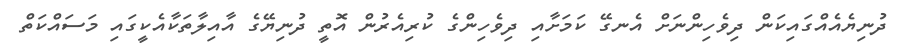
ދުނިޔެއެއްގައިކަން ދިވެހިންނަށް އެނގޭ ކަމަށާއި ދިވެހިންގެ ކުރިއެރުން އޮތީ ދުނިޔޭގެ އާއިލާތަކާއެކީގައި މަސައްކަތް